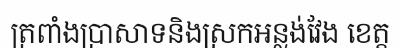
ត្រពាំងប្រាសាទនិងស្រកអន្លង់វែង ខេត្ត